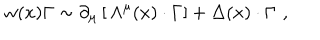
LaTeX: w ( x ) \Gamma \sim \partial _ { \mu } \left[ \, \Lambda ^ { \mu } ( x ) \cdot \Gamma \right] + \Delta ( x ) \cdot \Gamma \, \, ,